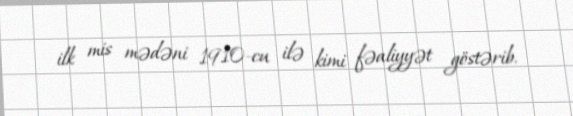
ilk mis mədəni 1910-cu ilə kimi fəaliyyət göstərib.